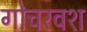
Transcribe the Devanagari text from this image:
गोचरवश